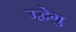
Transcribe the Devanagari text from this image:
उद्वेगु